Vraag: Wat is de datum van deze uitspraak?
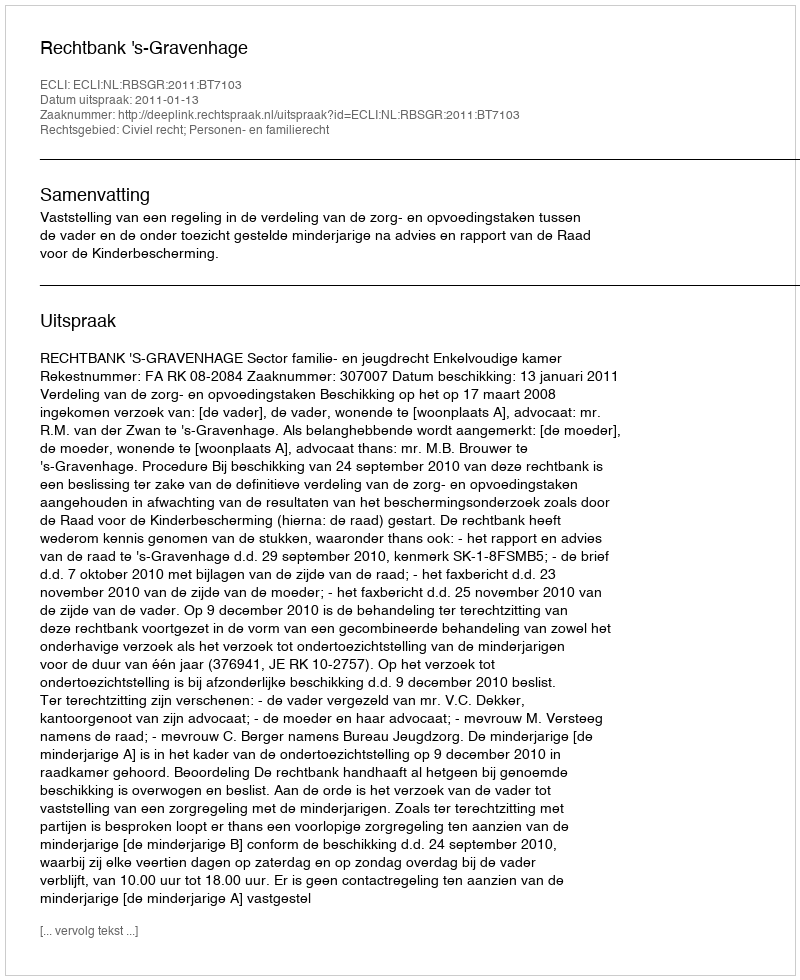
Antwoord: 2011-01-13